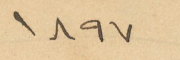
1897